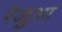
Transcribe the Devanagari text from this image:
रेजुआ